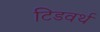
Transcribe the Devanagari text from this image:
टिडवर्थ